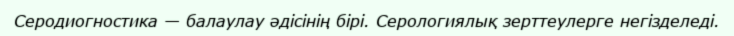
Серодиогностика — балаулау әдісінің бірі. Серологиялық зерттеулерге негізделеді.